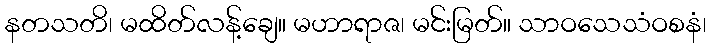
နတသတိ၊ မထိတ်လန့်ချေ။ မဟာရာဇ၊ မင်းမြတ်။ သာဝသေသံဝစနံ၊